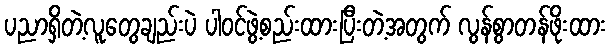
ပညာရှိတဲ့လူတွေချည်းပဲ ပါဝင်ဖွဲ့စည်းထားပြီးတဲ့အတွက် လွန်စွာတန်ဖိုးထား